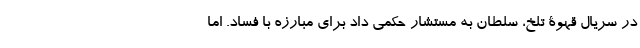
در سریال قهوۀ تلخ، سلطان به مستشار حکمی داد برای مبارزه با فساد. اما